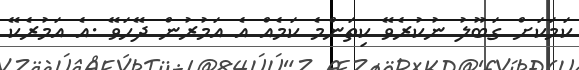
ކަމަކަށް ގަބޫލު ނުކުރެވޭ ކިތަންމެ ކަމެއް އެ އަމުރުން ދޭހަވޭ .އެ އަމުރެކޭ